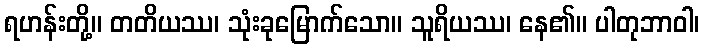
ရဟန်းတို့။ တတိယဿ၊ သုံးခုမြောက်သော။ သူရိယဿ၊ နေ၏။ ပါတုဘာဝါ၊